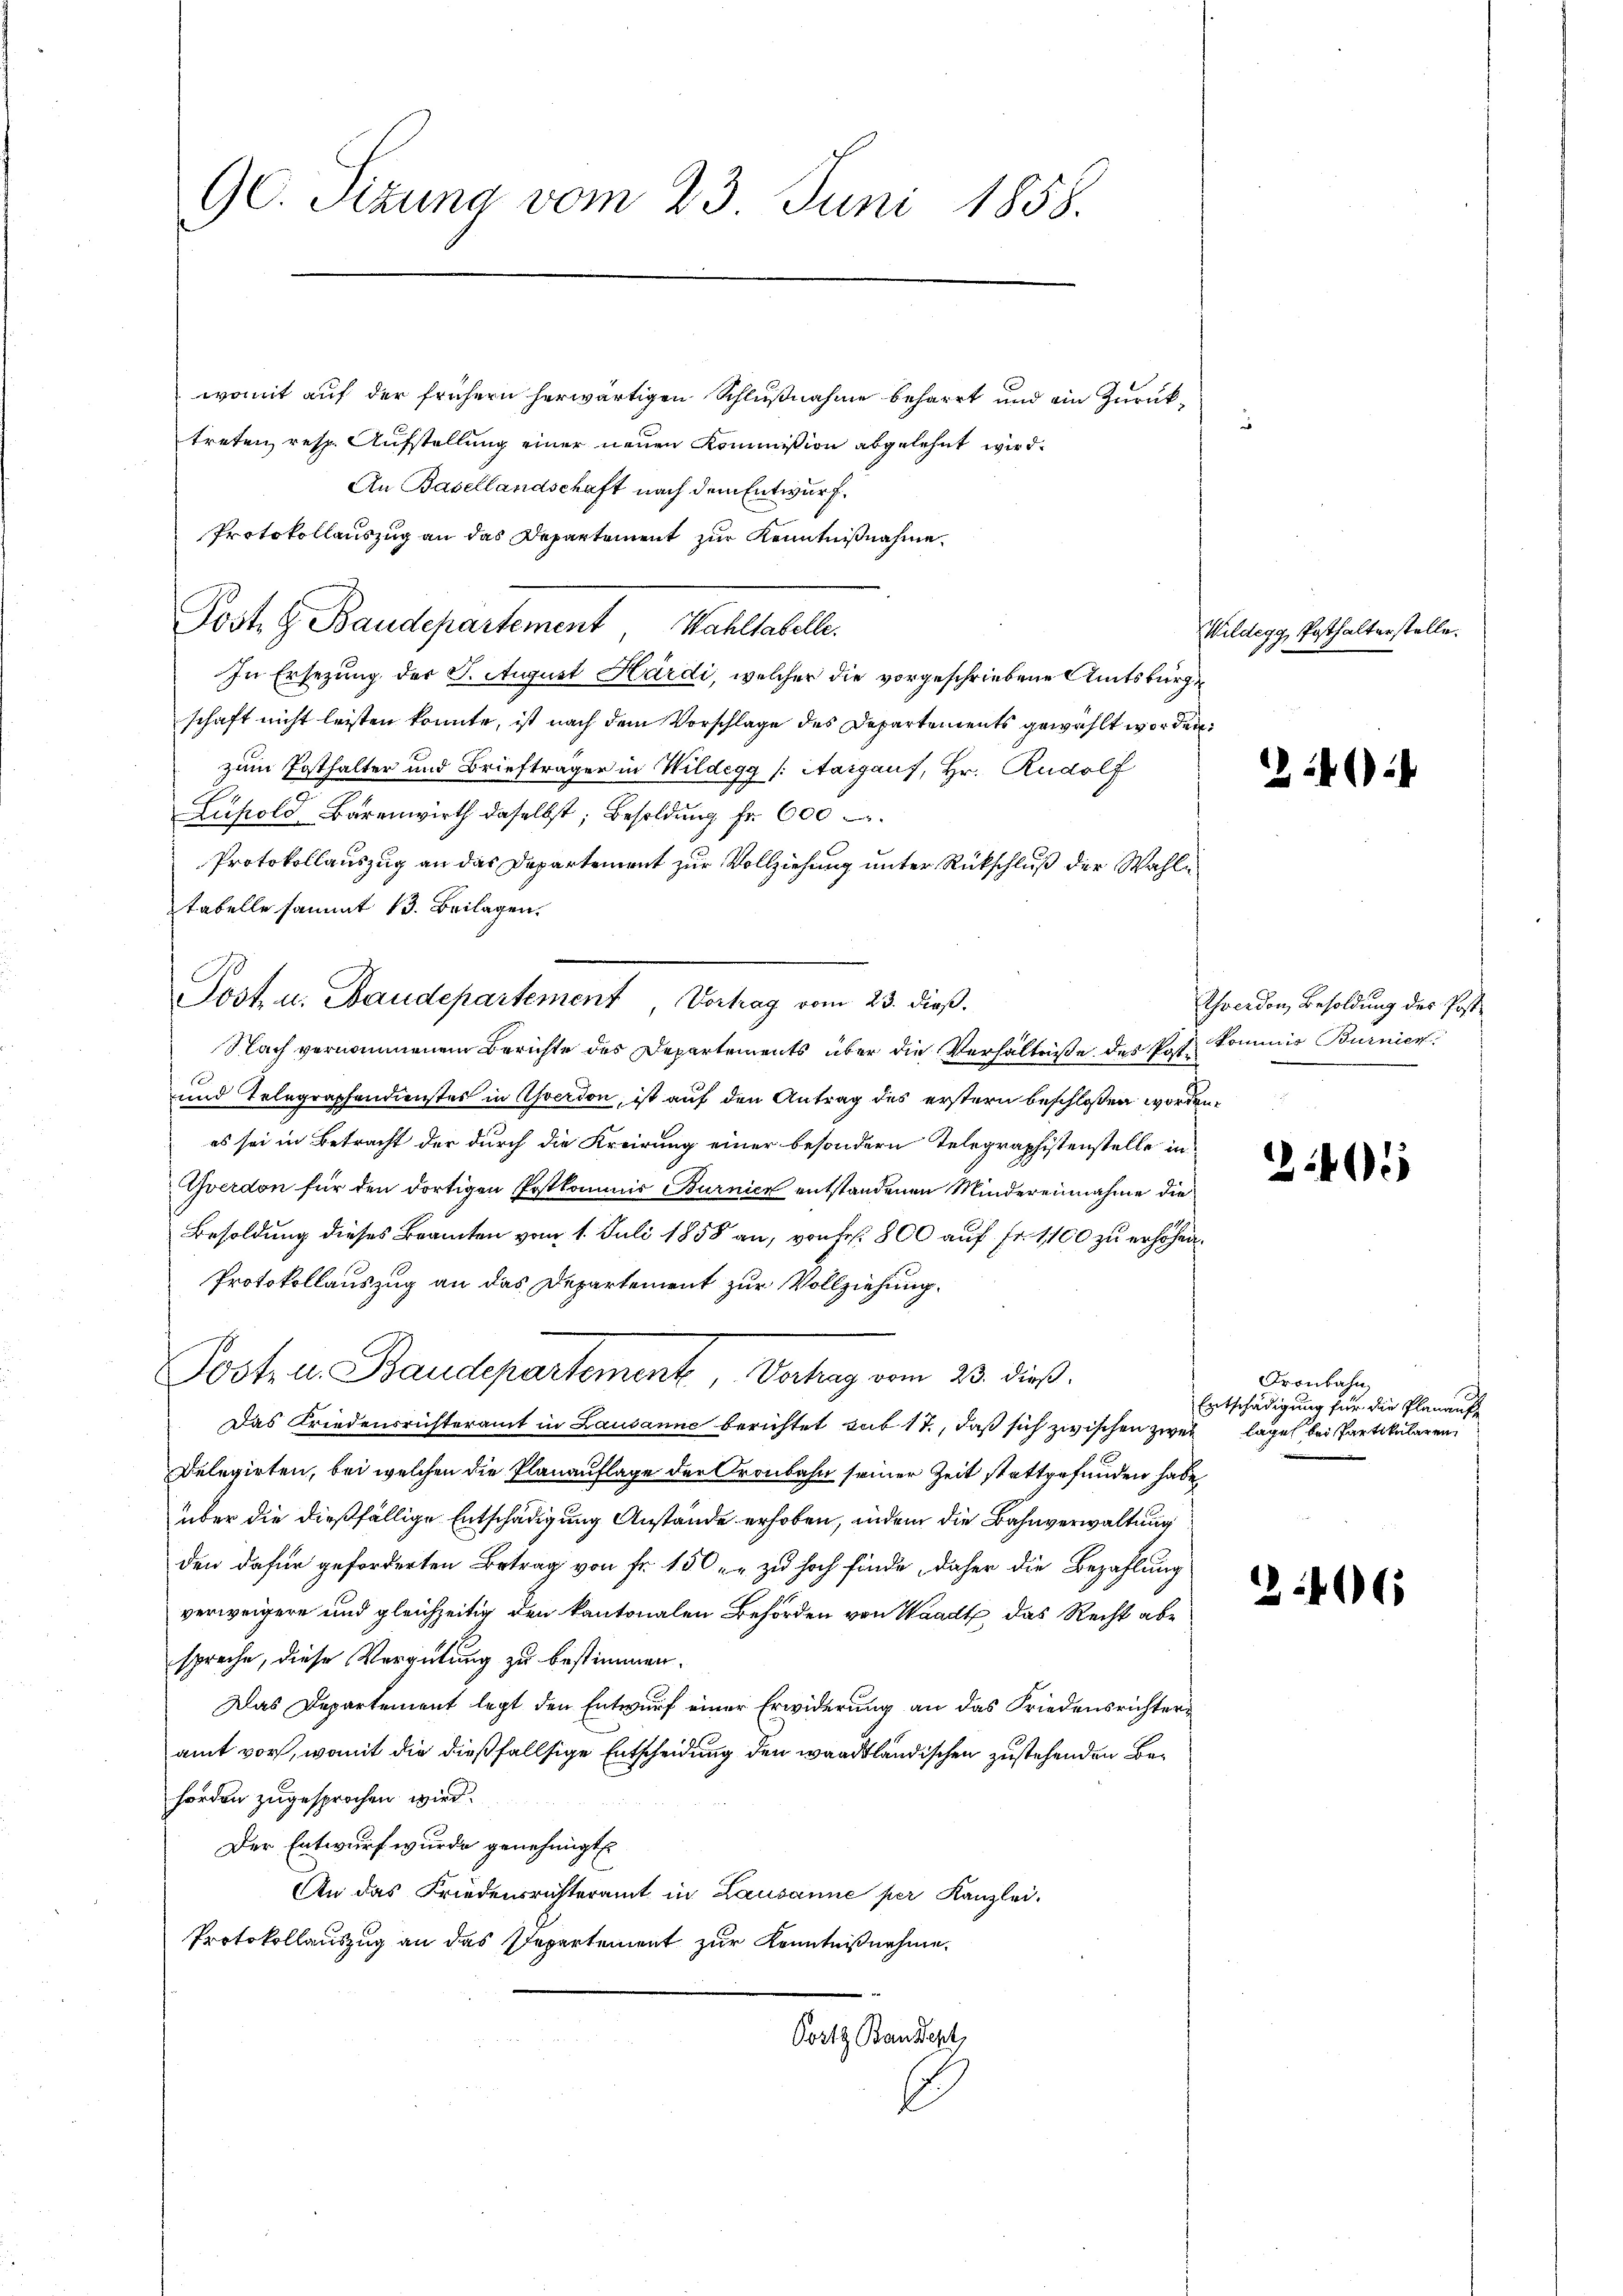
90. Sizung vom 23. Juni 1858.
womit auf der frühern herwärtigen Schlußnahme beharrt und ein Zurücktreten resp. Aufstellung einer neuen Kommission abgelehnt wird.
An Basellandschaft nach dem Entwurf.

a
In Ersezung der S. August Hardi, welcher die vorgeschriebene Amtsbürge
schaft nicht leisten konnte, ist nach dem Vorschlage des Departements gewählt worden.
zum Posthalter und Briefträger in Wildegg (Aargaus, Hr. Rudolf
Lupold Barenwirth daselbst; Besoldung fr. 600.
Protokollauszug an das Departement zur Vollziehung unter Rückschluß der Wahltabelle sammt 13. Beilagen.
Nach vernommenen Berichte des Departements über die Verhältniße des Pate kommis Burnier
und Telegraphendienstes in Averdon, ist auf den Antrag des erstern beschloßen worden.
es sei in Betracht der durch die Kreirung einer besondern Telegraphistenstelle in
Yverdon für den dortigen Postkommis Burnick entstandenen Mindereinnahme die
Besoldung dieses Beamten vom 1. Juli 1858 an, von Fr. 800 auf Fr. 1100 zu erhöhen.
Protokollauszug an das Departement zur Vollziehung.
Post u. Baudepartement, Verhag vom 23. dieß.
Das Friedensrichteramt in Lausanne berichtet sub 17, daß sich zwischen zwei
Delegirten, bei welchen die Planauflage der Cronbahn seiner Zeit stattgefunden habe
über die dießfällige Entschädigung Anstände erhoben, indem die Bahnverwaltung
den dafür geforderten Betrag von fr. 150. zu hoch finde, daher die Bezahlung
verweigere und gleichzeitig den kantonalen Behörden von Waadt, das Recht abe
spreche, diese Vergütung zu bestimmen.
Das Departement legt den Entwurf einer Erwiderung an das Friedensrichteramt vor, womit die dießfallsige Entscheidung den waadtländischen zustehenden Behörden zugesprochen wird.
Der Entwurf wurde genehmigt.
An das Friedensrichteramt in Lausanne per Kanzlei.
Protokollauszug an das Separtement zur Kenntnisnehme
Postz Bandert,

Protokollauszug an das Departement zur Kenntnißnahme
Post. G. Baudepartement, Wahltabelle.

Post u. Baudepartement Vortrag vom 23. dieß.

Wildegg, Posthalterstelle.

2146)

Thwerden, Besoldung des Post¬

2405

Gronbahn,
Entschädigung für die Planauf
lage bei Partikularen,

466